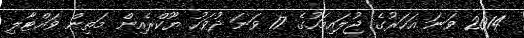
2014 ވަނަ އަހަރުގެ ޖުލައިމަހުގެ 17 ވަނަ ދުވަހު ޔޫކްރެއިން މަތިން ވައްޓާލި